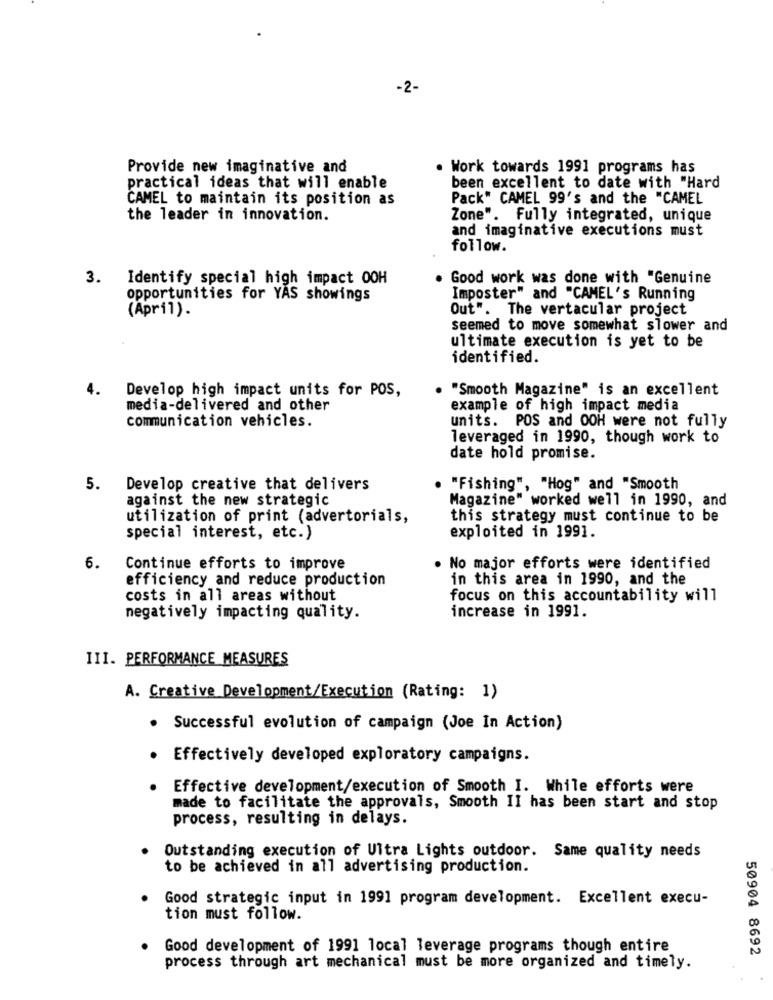
-2-
Provide new imaginative and
. Work towards 1991 programs has
practical ideas that will enable
been excellent to date with "Hard
CAMEL to maintain its position as
Pack" CAMEL 99's and the "CAMEL
the leader in innovation.
Zone". Fully integrated, unique
and imaginative executions must
follow.
3.
Identify special high impact OOH
. Good work was done with "Genuine
opportunities for YAS showings
Imposter" and "CAMEL's Running
(April).
Out". The vertacular project
seemed to move somewhat slower and
ultimate execution is yet to be
identified.
4.
Develop high impact units for POS,
"Smooth Magazine" is an excellent
media-delivered and other
example of high impact media
communication vehicles.
units. POS and 00H were not fully
leveraged in 1990, though work to
date hold promise.
5. Develop creative that delivers
"Fishing", "Hog" and "Smooth
against the new strategic
Magazine" worked well in 1990, and
utilization of print (advertorials,
this strategy must continue to be
special interest, etc.)
exploited in 1991.
6.
Continue efforts to improve
No major efforts were identified
efficiency and reduce production
in this area in 1990, and the
costs in all areas without
focus on this accountability will
increase in 1991.
negatively impacting quality.
III. PERFORMANCE MEASURES
A. Creative Development/Execution (Rating: 1)
.
Successful evolution of campaign (Joe In Action)
Effectively developed exploratory campaigns.
Effective development/execution of Smooth I. While efforts were
made to facilitate the approvals, Smooth II has been start and stop
process, resulting in delays.
Outstanding execution of Ultra Lights outdoor. Same quality needs
to be achieved in all advertising production.
Good strategic input in 1991 program development. Excellent execu-
tion must follow.
. Good development of 1991 local leverage programs though entire
50904 8692
process through art mechanical must be more organized and timely.